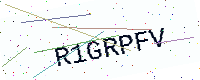
Text: R1GRPFV